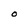
Character: O